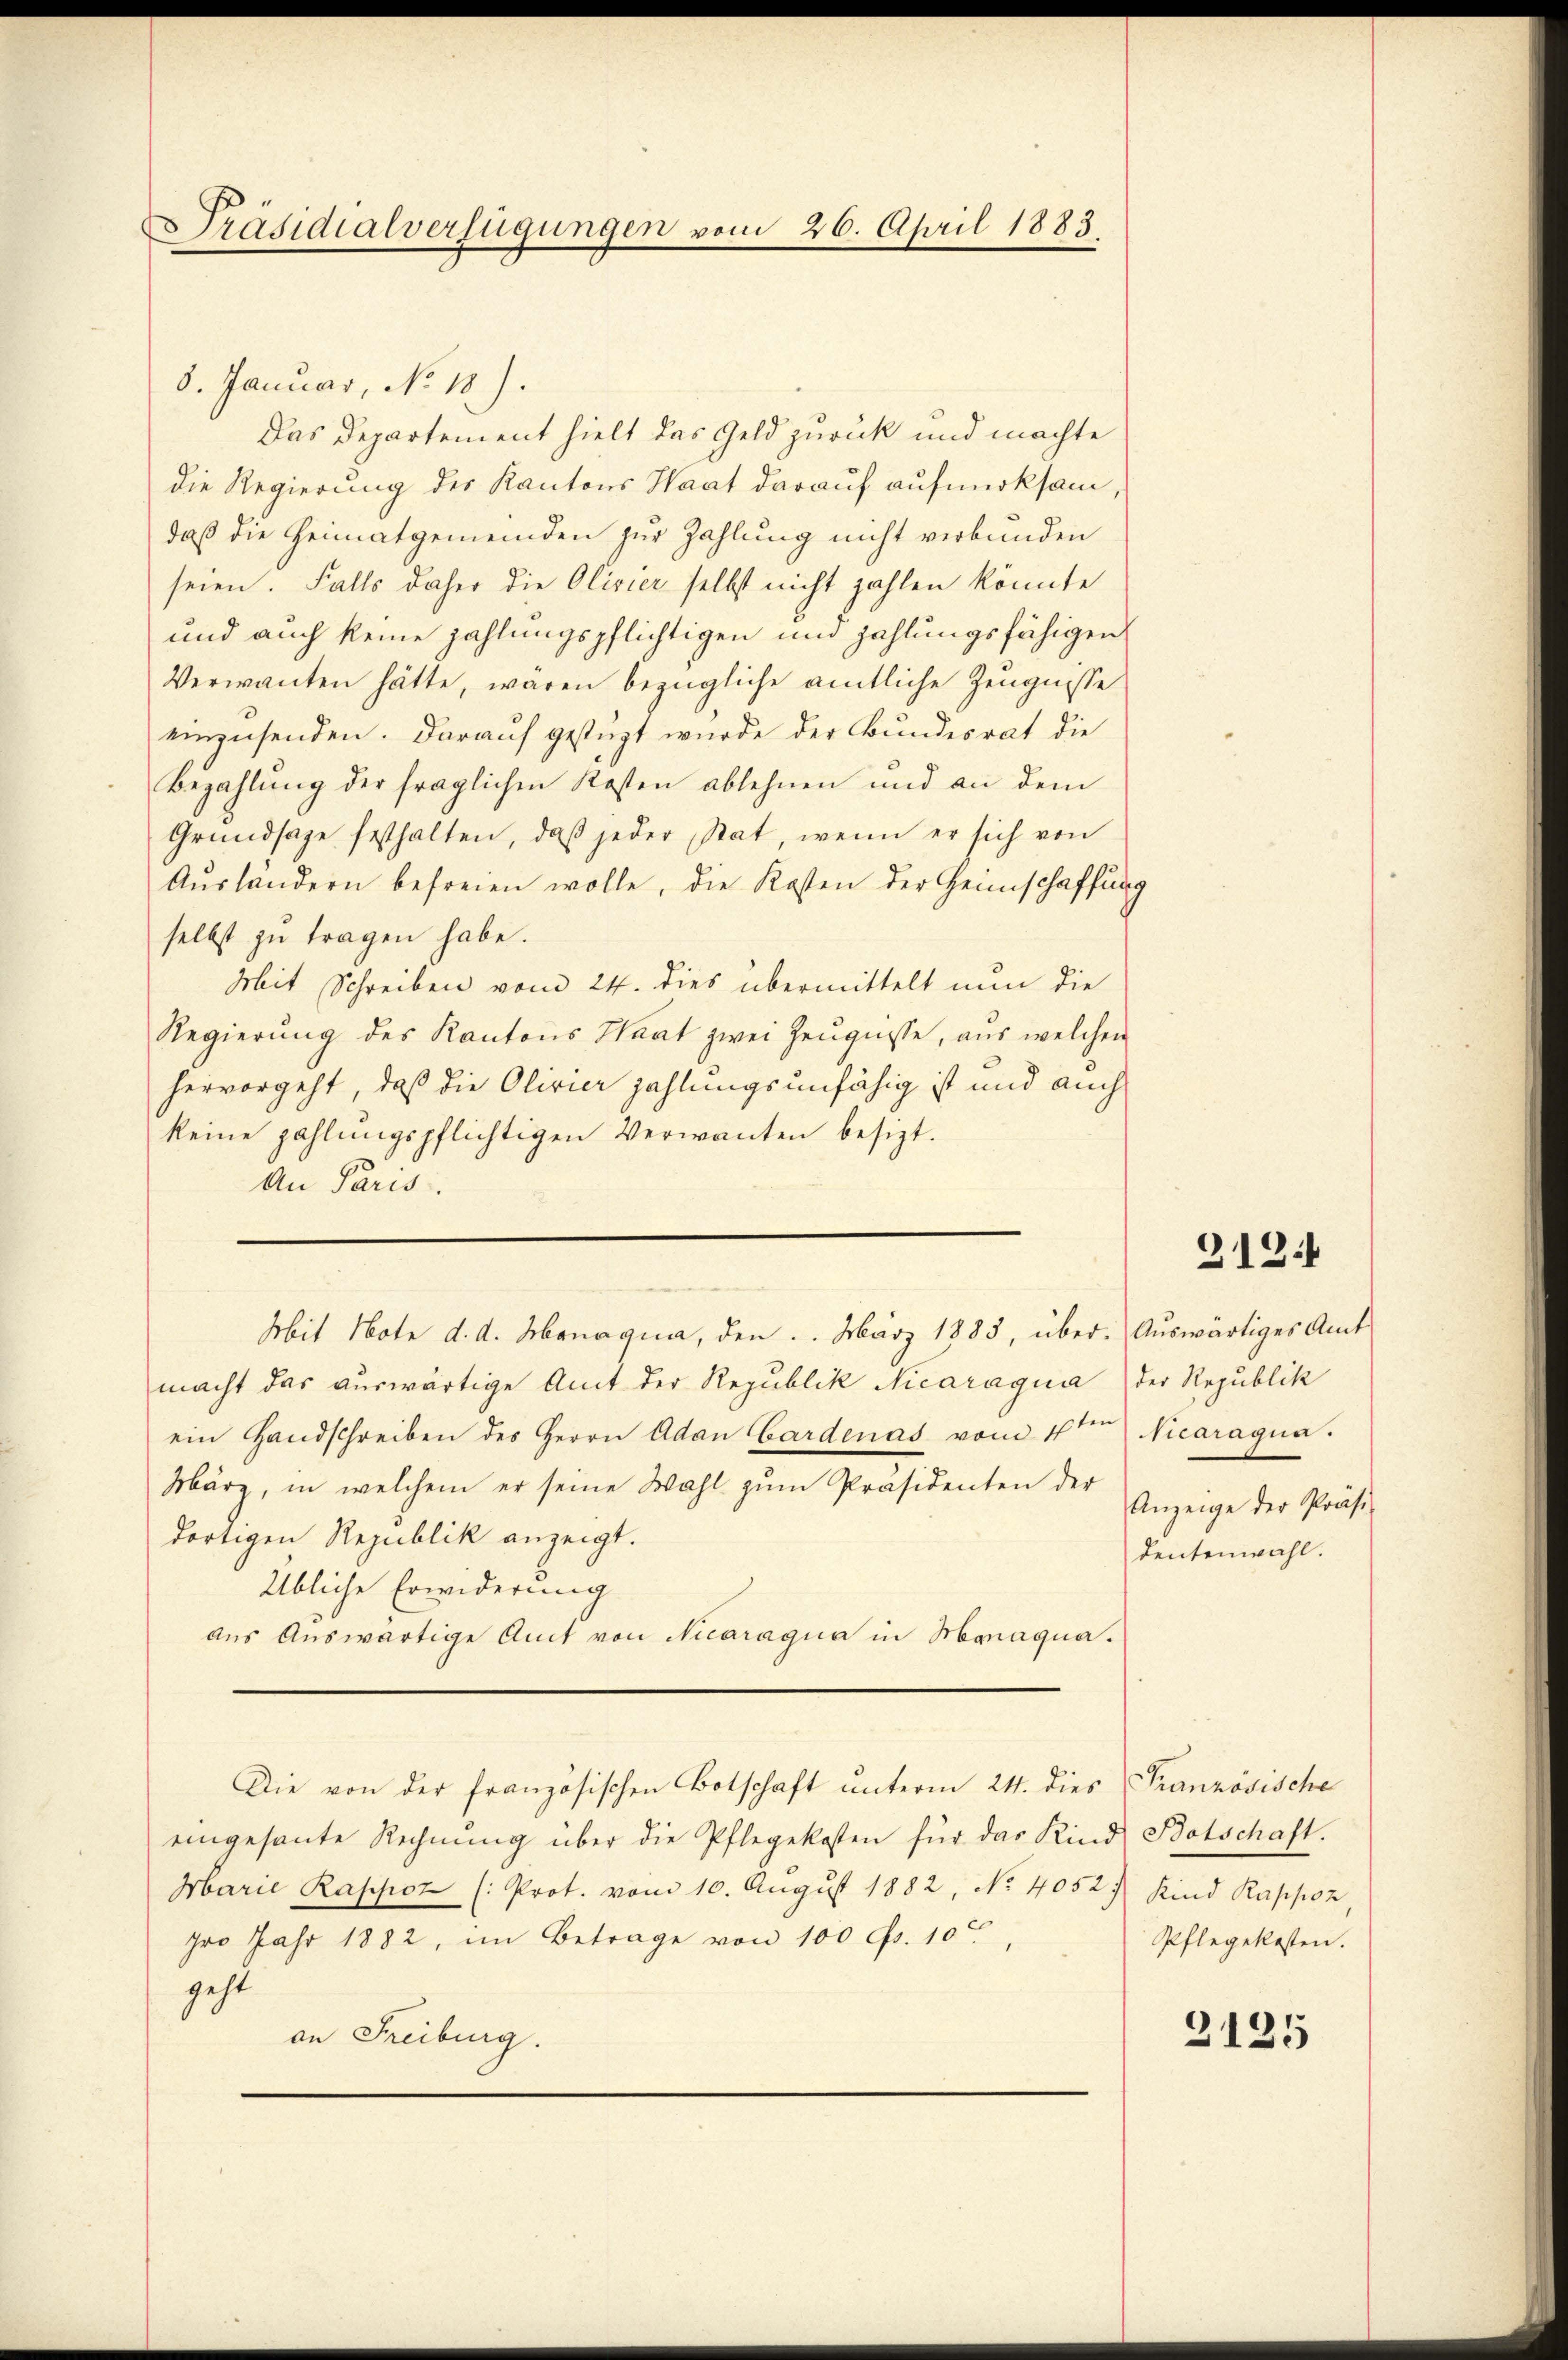
Präsidialverfügungen vom 26. April 1883

8. Januar, No. 18).
Das Departement hielt das Geld zurück und machte
die Regierung des Kantons Haat darauf aufmerksam,
daß die Heimatgemeinden zur Zahlung nicht verbunden
seien. Falls daher die Olivier selbst nicht zahlen könnte
und auch keine zahlungspflichtigen und zahlungsfähigen
Verwanten hätte, wären bezügliche amtliche Zeugnisse
einzusenden. Darauf gestüzt wurde der Bundesrat die
Bezahlung der fraglichen Kosten ablehnen und an dem
Grŭndsaze festhalten, daß jeder Stat, wenn er sich von
Aŭsländern befreien wolle, die Kosten der Heimschaffung
selbst zu tragen habe.
Mit Schreiben vom 24. dies übermittelt nun die
Regierung des Kantons Haat zwei Zeugnisse, aus welchen
hervorgeht, daß die Olivier zahlungsunfähig ist und auch
keine zahlungspflichtigen Verwanten besizt.
An Paris.
Mit Note d. d. Manaqua, den März 1885, über. Auswärtiges Amt
macht das auswärtige Amt der Republik Nicaragua der Republik
ein Handschreiben des Herrn Adan Cardenas vom 1ten Nicaragua
März, in welchem er seine Wahl zŭm Präsidenten der
dortigen Republik anzeigt.
Übliche Erwiderung
aus Auswärtige Amt von Nicaragua in Monaqua¬
Die von der französischen Botschaft unterm 24. dies Französische
eingesante Rechnŭng über die Pflegekosten für das Kind Botschaft.
Marie Rappoz (: Prot. vom 10. August 1882, No 40527, Kind Rappoz,
pro Jahr 1882, im Betrage von 100 c. 10
geht
an Freiburg.

2121

Anzeige der Präsi-
dentenwahl.

Pflegekosten.

2125